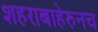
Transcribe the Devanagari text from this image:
शहराबाहेरुनच